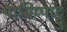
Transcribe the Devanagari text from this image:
पायिप्पाट्टु